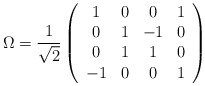
\begin{align*}\Omega =\frac{1}{\sqrt{2}}\left( \begin{array}{cccc}1 & 0 & 0 & 1 \\ 0 & 1 & -1 & 0 \\ 0 & 1 & 1 & 0 \\ -1 & 0 & 0 & 1\end{array}\right) \end{align*}